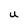
Character: U